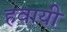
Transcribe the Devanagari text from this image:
हवायी